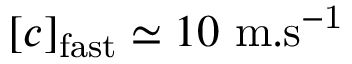
[ c ] _ { \mathrm { f a s t } } \simeq 1 0 \ \mathrm { m . s ^ { - 1 } }